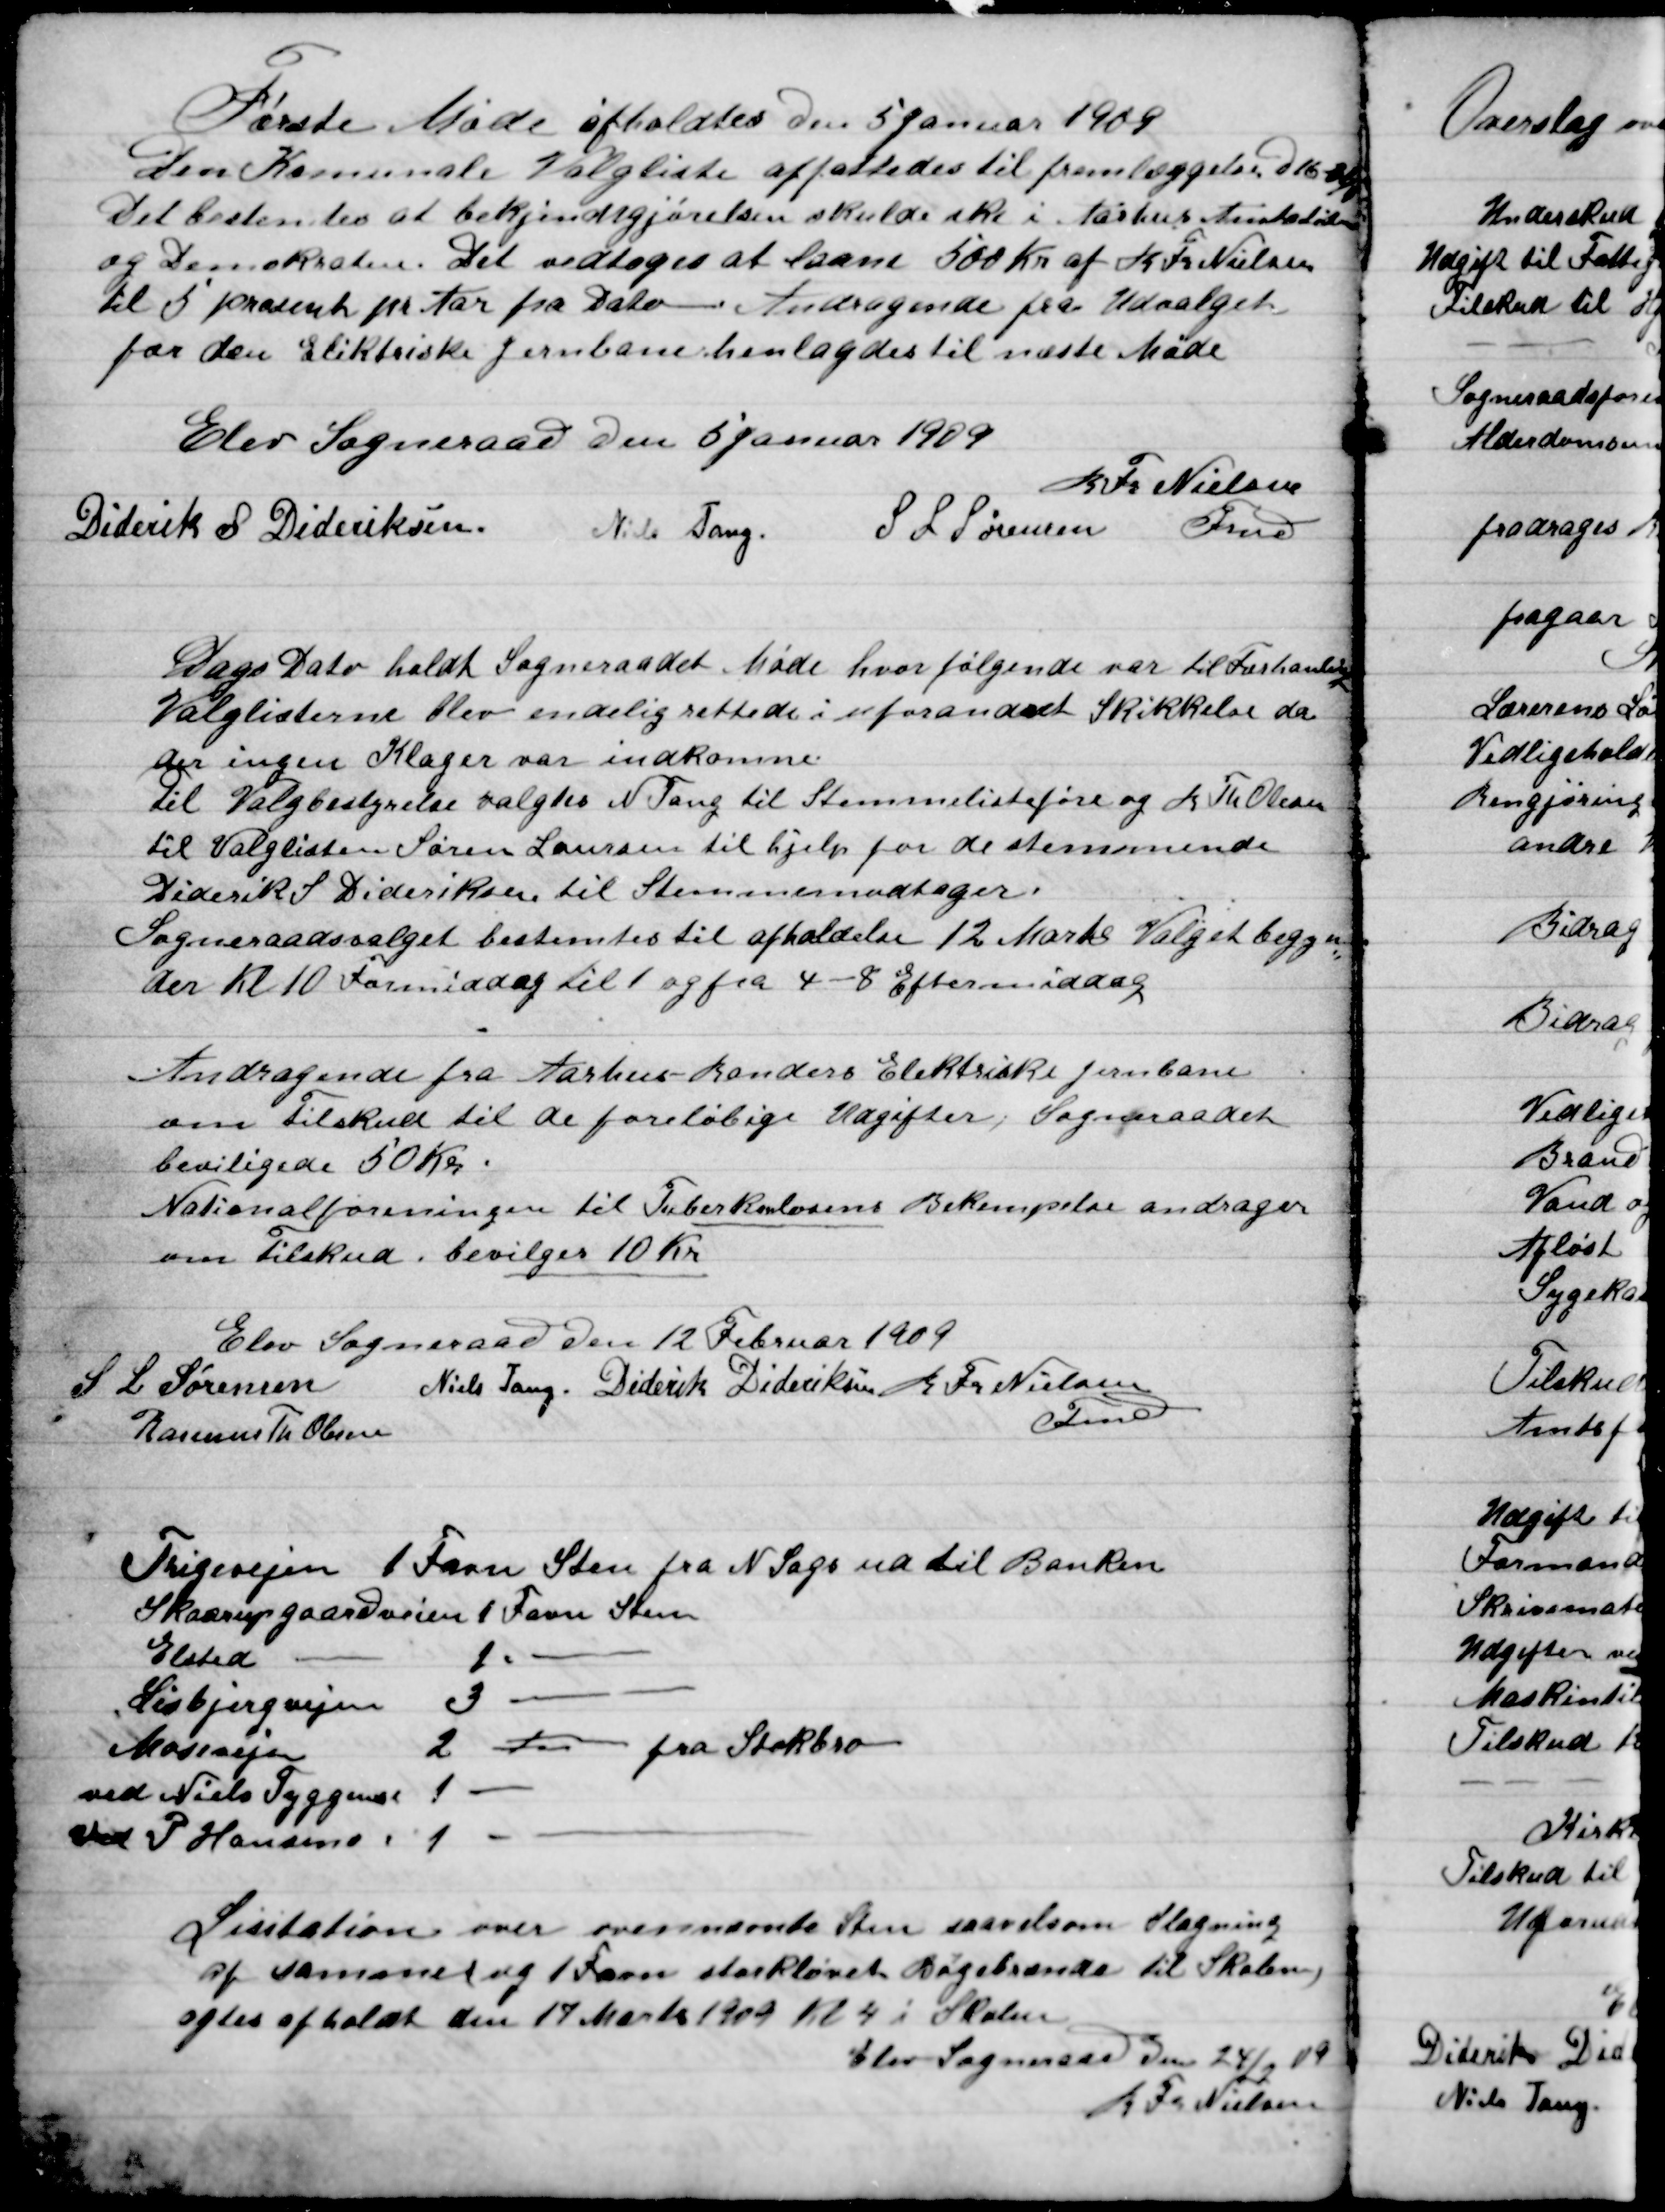
Transskription:
Første Møde afholdes Den 5 Januar 1909
Den Kommunale Valgliste affattedes til fremlæggelse Den 16-3-1909
Det bestemtes at bekjendtgørelsen skulde ske i Århus Amtsltidende
og Demokraten. Det vedtoges at Laane 500 Kr. af R. Fr. Nielsen
til 5 procent pr. Aar fra Dato. Afdragene fra Udsalget
fra den Eliktriske Jernbane henlagdes til næste Møde.

Elev Sogneraad Den 6. Januar 1909

Diderik Dideriksen
Niels Tang
S.L. Sørensen
R. Fr. Nielsen
Fmd.

Dags Dato holdt Sogneraadet Møde hvor følgende var til Forhandling
Valglisterne blev endelig rettede i uforandret Skikkelse, da
der ingen Klager var indkomme.
til Valgbestyrelse valgtes N. Tang, til Stemmelisteføre og R. Th. Olsen
til Valglisten Søren Laursen til hjælp for de stemmende
Diderik S. Dideriksen til Stemmemodtager.
Sogneraadsvalget bestemtes til afholdelse 12. Marts Valget begyn-
der Kl. 10 formiddag til 1 og fra 4-8 Eftermiddag

Andragende fra Aarhus-Randers Elektriske jernbane
om tilskud til de foreløbige Udgifter, Sogneraadet
bevilgede 50 Kr.
Nationalforeningen til Tuberkulosens Bekæmpelse andrager
om Tilskud. – Bevilgedes 10 Kr.

Elev Sogneraad Den 12 Februar 1909

S. L. Sørensen
Niels Tang
Diderik Dideriksen
Rasmus Th. Olsen
R. Fr. Nielsen
Fmd.

Trige 				vejen	1 Favn Sten fra N. Sags ud til Banken
Skaarupgaard 	vejen	1 Favn Sten
Elsted					-		1		- 		-
Lisbjerg vejen				3		-		-
Mosevejen					2		-		-	fra Stokbro
Ved Niels Tyggesen	1		-		-
Ved P. Hansens			1		-		-

Licitationen over ovennævnte Sten  Slagning
af vamaner og 1 Favn storkløvet Bøgebrænde til Skolen
agtes afholdt den 17 Marts 1909 Kl. 4 i Skolen.
Elev Sogneraad Den 24 / 2 1909
R. Fr. Nielsen